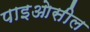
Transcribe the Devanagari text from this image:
पाइओसील